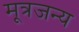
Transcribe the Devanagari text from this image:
मूत्रजन्य